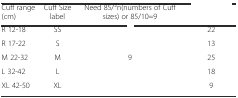
<table><thead><tr><td><b>Cuff range (cm)</b></td><td><b>Cuff Size label</b></td><td><b>Need 85/<sup>2</sup>n(numbers of Cuff sizes) or 85/10=9</b></td><td>[EMPTY_CELL]</td></tr></thead><tbody><tr><td>R 12-18</td><td>SS</td><td>[EMPTY_CELL]</td><td>22</td></tr><tr><td>R 17-22</td><td>S</td><td>[EMPTY_CELL]</td><td>13</td></tr><tr><td>M 22-32</td><td>M</td><td>9</td><td>25</td></tr><tr><td>L 32-42</td><td>L</td><td>[EMPTY_CELL]</td><td>18</td></tr><tr><td>XL 42-50</td><td>XL</td><td>[EMPTY_CELL]</td><td>9</td></tr></tbody></table>